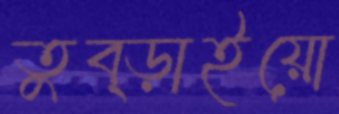
তুব্‌ড়াইয়ো